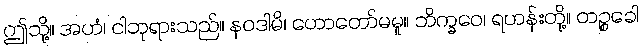
ဤသို့။ အဟံ၊ ငါဘုရားသည်။ နဝဒါမိ၊ ဟောတော်မမူ။ ဘိက္ခဝေ၊ ရဟန်းတို့။ တဉ္စခေါ